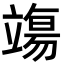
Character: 𫁬